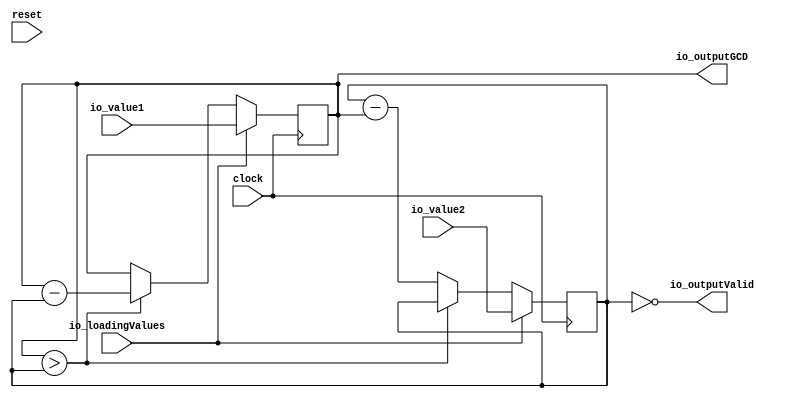
module GCD( // @[:@3.2]
  input         clock, // @[:@4.4]
  input         reset, // @[:@5.4]
  input  [15:0] io_value1, // @[:@6.4]
  input  [15:0] io_value2, // @[:@6.4]
  input         io_loadingValues, // @[:@6.4]
  output [15:0] io_outputGCD, // @[:@6.4]
  output        io_outputValid // @[:@6.4]
);
  reg [15:0] x; // @[GCD.scala 17:15:@8.4]
  reg [31:0] _RAND_0;
  reg [15:0] y; // @[GCD.scala 18:15:@9.4]
  reg [31:0] _RAND_1;
  wire  _T_17; // @[GCD.scala 20:10:@10.4]
  wire [16:0] _T_18; // @[GCD.scala 20:24:@12.6]
  wire [16:0] _T_19; // @[GCD.scala 20:24:@13.6]
  wire [15:0] _T_20; // @[GCD.scala 20:24:@14.6]
  wire [16:0] _T_21; // @[GCD.scala 21:25:@18.6]
  wire [16:0] _T_22; // @[GCD.scala 21:25:@19.6]
  wire [15:0] _T_23; // @[GCD.scala 21:25:@20.6]
  wire [15:0] _GEN_0; // @[GCD.scala 20:15:@11.4]
  wire [15:0] _GEN_1; // @[GCD.scala 20:15:@11.4]
  assign _T_17 = x > y; // @[GCD.scala 20:10:@10.4]
  assign _T_18 = x - y; // @[GCD.scala 20:24:@12.6]
  assign _T_19 = $unsigned(_T_18); // @[GCD.scala 20:24:@13.6]
  assign _T_20 = _T_19[15:0]; // @[GCD.scala 20:24:@14.6]
  assign _T_21 = y - x; // @[GCD.scala 21:25:@18.6]
  assign _T_22 = $unsigned(_T_21); // @[GCD.scala 21:25:@19.6]
  assign _T_23 = _T_22[15:0]; // @[GCD.scala 21:25:@20.6]
  assign _GEN_0 = _T_17 ? _T_20 : x; // @[GCD.scala 20:15:@11.4]
  assign _GEN_1 = _T_17 ? y : _T_23; // @[GCD.scala 20:15:@11.4]
  assign io_outputGCD = x; // @[GCD.scala 28:16:@27.4]
  assign io_outputValid = y == 16'h0; // @[GCD.scala 29:18:@29.4]
`ifdef RANDOMIZE_GARBAGE_ASSIGN
`define RANDOMIZE
`endif
`ifdef RANDOMIZE_INVALID_ASSIGN
`define RANDOMIZE
`endif
`ifdef RANDOMIZE_REG_INIT
`define RANDOMIZE
`endif
`ifdef RANDOMIZE_MEM_INIT
`define RANDOMIZE
`endif
`ifndef RANDOM
`define RANDOM $random
`endif
`ifdef RANDOMIZE
  integer initvar;
  initial begin
    `ifdef INIT_RANDOM
      `INIT_RANDOM
    `endif
    `ifndef VERILATOR
      #0.002 begin end
    `endif
  `ifdef RANDOMIZE_REG_INIT
  _RAND_0 = {1{`RANDOM}};
  x = _RAND_0[15:0];
  `endif // RANDOMIZE_REG_INIT
  `ifdef RANDOMIZE_REG_INIT
  _RAND_1 = {1{`RANDOM}};
  y = _RAND_1[15:0];
  `endif // RANDOMIZE_REG_INIT
  end
`endif // RANDOMIZE
  always @(posedge clock) begin
    if (io_loadingValues) begin
      x <= io_value1;
    end else begin
      if (_T_17) begin
        x <= _T_20;
      end
    end
    if (io_loadingValues) begin
      y <= io_value2;
    end else begin
      if (!(_T_17)) begin
        y <= _T_23;
      end
    end
  end
endmodule